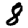
Digit: 8